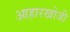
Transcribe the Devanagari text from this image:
आहारखोजी